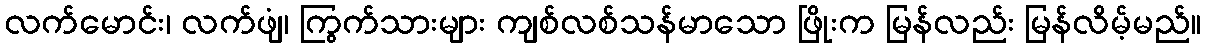
လက်မောင်း၊ လက်ဖျံ၊ ကြွက်သားများ ကျစ်လစ်သန်မာသော ဖြိုးက မြန်လည်း မြန်လိမ့်မည်။